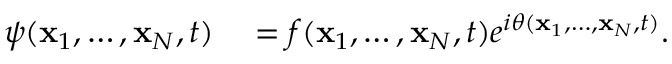
\begin{array} { r l } { \psi ( \mathbf { x } _ { 1 } , \ldots , \mathbf { x } _ { N } , t ) } & { { } = f ( \mathbf { x } _ { 1 } , \ldots , \mathbf { x } _ { N } , t ) e ^ { i \theta ( \mathbf { x } _ { 1 } , \ldots , \mathbf { x } _ { N } , t ) } . } \end{array}